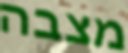
מצבה